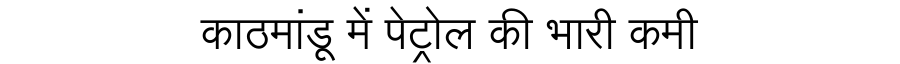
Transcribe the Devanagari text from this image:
काठमांडू में पेट्रोल की भारी कमी